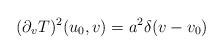
LaTeX: \begin{align*}(\partial_v T)^2 (u_0, v) = a^2 \delta (v - v_0)\end{align*}